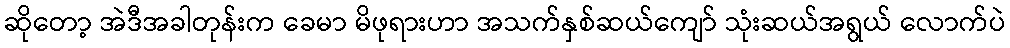
ဆိုတော့ အဲဒီအခါတုန်းက ခေမာ မိဖုရားဟာ အသက်နှစ်ဆယ်ကျော် သုံးဆယ်အရွယ် လောက်ပဲ